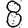
Digit: 8